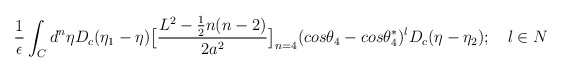
\begin{align*}\frac{1}{\epsilon}\int_Cd^n\eta D_c(\eta_1 - \eta)\big{[}\frac{L^2 - \frac{1}{2}n(n-2)}{2a^2}\big{]}_{n=4}(cos{\theta_4} - cos{\theta_4^*})^lD_c(\eta - \eta_2);~~~l \in N\end{align*}